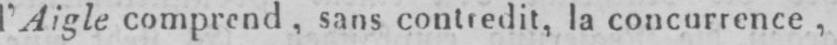
l’Aigle comprend, sans contredit, la concurrence,